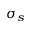
\sigma _ { s }